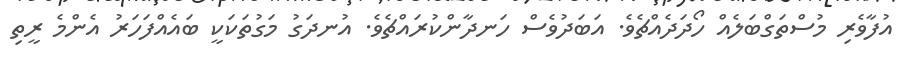
އުފާވެރި މުސްތަގްބަލެއް ހޯދަދެއްޗެވެ. އަބަދުވެސް ހަނދާންކުރައްޗެވެ. އުނދަގު މަގުތަކަކީ ބައެއްފަހަރު އެންމެ ރީތި